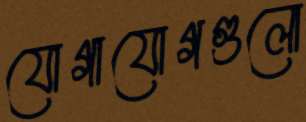
যোগাযোগগুলো